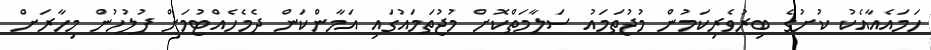
ހަމައެއާއެކު ކުށުގެ ބިރުވެރިކަމުން މުޖުތަމައު ސަލާމަތްކޮށް މުޖުތަމައުގައި އަމާންކަން ދެމެހެއްޓުމަށް ފުލުހުން މިހާރަށް